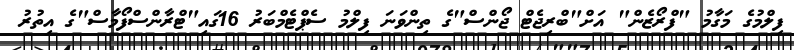
ފިލްމުގެ މަގާމު "ފްރޯޒެން" އަށް"ބްރިޖެޓް ޖޯންސް"ގެ ތިންވަނަ ފިލްމު ސެޕްޓެމްބަރު 16ގައި"ޓްރާންސްފޯމާސް"ގެ އިތުރު